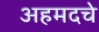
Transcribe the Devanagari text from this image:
अहमदचे